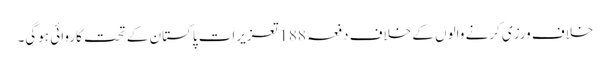
خلاف ورزی کرنے والوں کے خلاف دفعہ 188تعزیرات پاکستان کے تحت کاروائی ہوگی۔